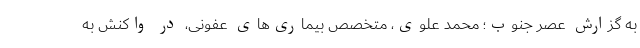
به گزارش عصر جنوب؛ محمد علوی، متخصص بیماری‌های عفونی، در واکنش به